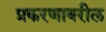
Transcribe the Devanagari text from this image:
प्रकरणावरील